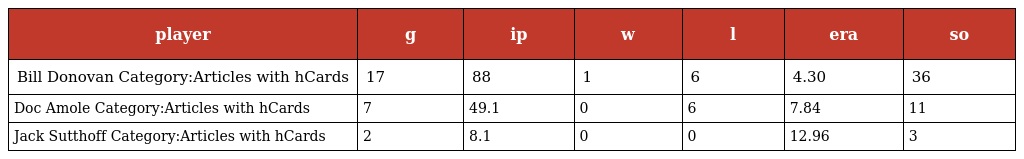
| player | g | ip | w | l | era | so |
 | --- | --- | --- | --- | --- | --- | --- |
 | Bill Donovan Category:Articles with hCards | 17 | 88 | 1 | 6 | 4.30 | 36 |
 | Doc Amole Category:Articles with hCards | 7 | 49.1 | 0 | 6 | 7.84 | 11 |
 | Jack Sutthoff Category:Articles with hCards | 2 | 8.1 | 0 | 0 | 12.96 | 3 |